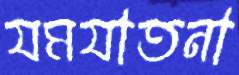
যমযাতনা